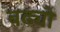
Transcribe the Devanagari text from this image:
बढ्यो